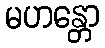
မဟန္တော